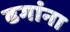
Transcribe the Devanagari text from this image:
ढगांना